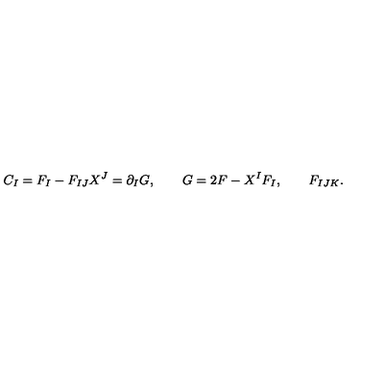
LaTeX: C _ { I } = F _ { I } - F _ { I J } X ^ { J } = \partial _ { I } G , \qquad G = 2 F - X ^ { I } F _ { I } , \qquad F _ { I J K } .